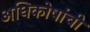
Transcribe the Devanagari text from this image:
अधिकोषांची